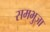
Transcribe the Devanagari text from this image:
समभुजा